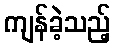
ကျန်ခဲ့သည့်